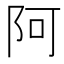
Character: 阿